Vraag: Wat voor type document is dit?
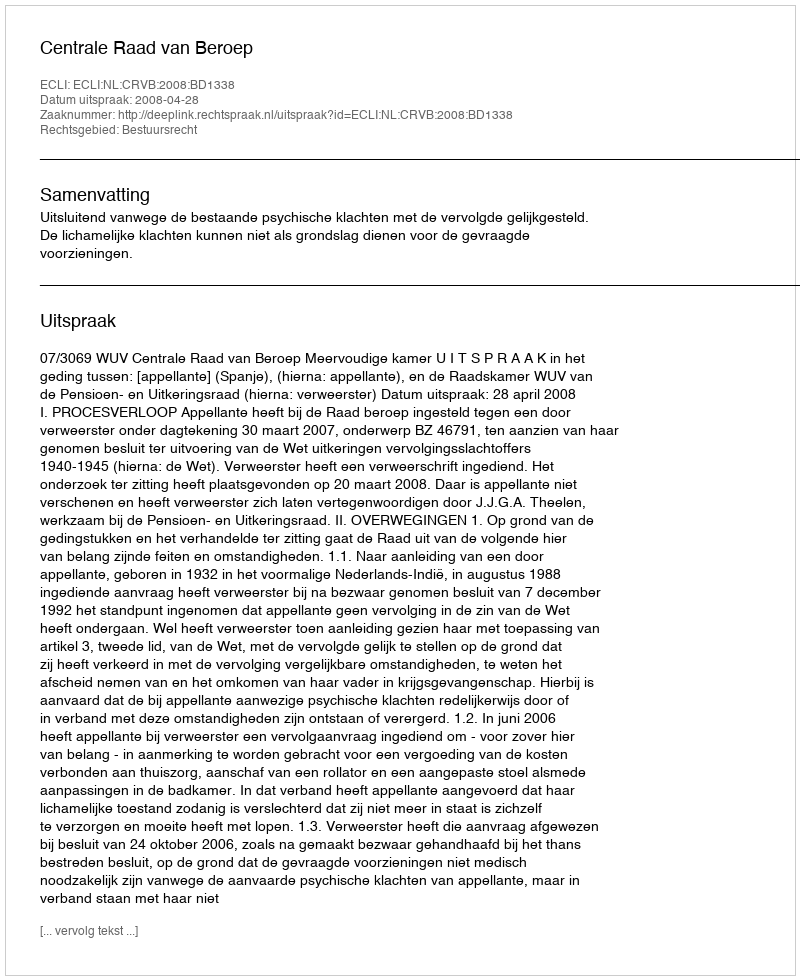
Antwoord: Uitspraak